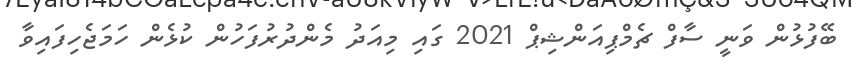
ބޭފުޅުން ވަނީ ސާފް ޗެމްޕިއަންޝިޕް 2021 ގައި މިއަދު މެންދުރުފަހުން ކުޅެން ހަމަޖެހިފައިވާ